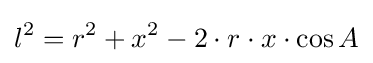
l^{2}=r^{2}+x^{2}-2\cdot r\cdot x\cdot \cos A